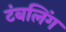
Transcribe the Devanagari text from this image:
टंबलिंग